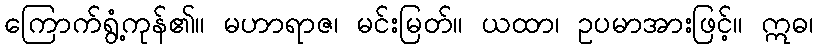
ကြောက်ရွံ့ကုန်၏။ မဟာရာဇ၊ မင်းမြတ်။ ယထာ၊ ဥပမာအားဖြင့်။ ဣဓ၊